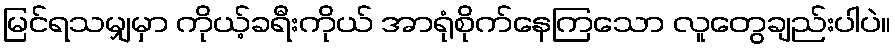
မြင်ရသမျှမှာ ကိုယ့်ခရီးကိုယ် အာရုံစိုက်နေကြသော လူတွေချည်းပါပဲ။